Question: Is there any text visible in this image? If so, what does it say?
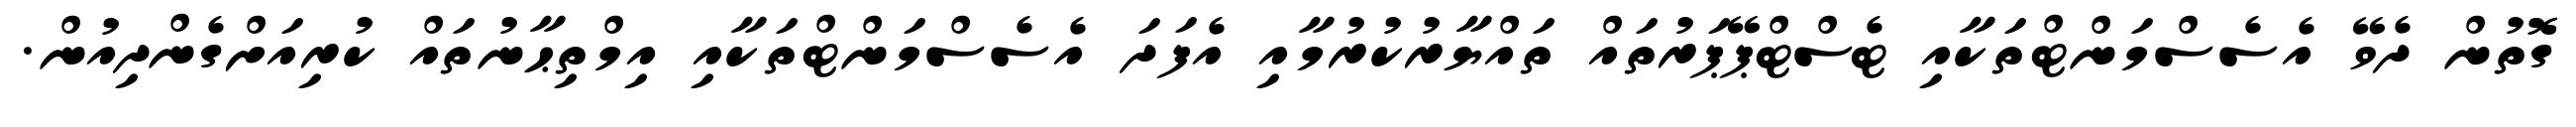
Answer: ގޮތުން ދެވޭ އެސެސްމަންޓްތަކާއި ޓެސްޓްޕޭޕަރުތައް ތައްޔާރުކުރުމާއި އެފަދަ އެސެސްމަންޓްތަކާއި އިމްތިޙާނުތައް ކުރިއަށްގެންދިއުން.